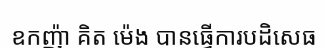
ឧកញ៉ា គិត ម៉េង បានធ្វើការបដិសេធ